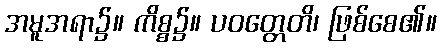
အမူအရာ၌။ ကိစ္စ၌။ ပဝတ္တေတိ၊ ဖြစ်စေ၏။